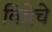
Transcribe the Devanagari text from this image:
विष्ठेचे